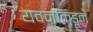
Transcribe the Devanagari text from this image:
यवनांकडून